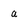
Character: a